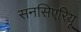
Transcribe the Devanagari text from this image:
सनसिएरियू